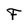
Character: F